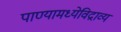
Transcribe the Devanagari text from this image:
पाण्यामध्येविद्राव्य